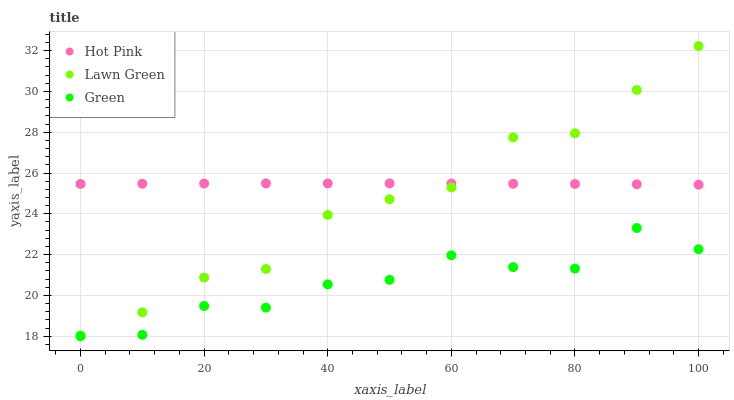
| xaxis_label | Hot Pink | Lawn Green | Green |
 | --- | --- | --- | --- |
 | 0 | 25.5 | 18 | 18 |
 | 10 | 25.5 | 19.2 | 18.1 |
 | 20 | 25.5 | 20.9 | 19.5 |
 | 30 | 25.5 | 21.3 | 19.4 |
 | 40 | 25.5 | 23.9 | 20.5 |
 | 50 | 25.5 | 24.7 | 20.8 |
 | 60 | 25.5 | 25.3 | 22 |
 | 70 | 25.5 | 27.7 | 21.4 |
 | 80 | 25.5 | 27.9 | 21.3 |
 | 90 | 25.4 | 30.1 | 23.3 |
 | 100 | 25.4 | 32.2 | 22.3 |